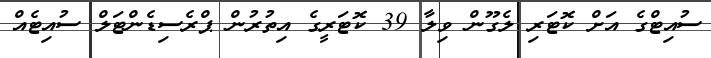
ސުއިޓްގެ އަށް ކޮޓަރި ލެގޫން ވިލާ 39 ކޮޓަރީގެ އިތުރުން ޕްރެސިޑެންޓަލް ސުއިޓެއް